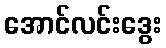
အောင်လင်းဒွေး